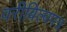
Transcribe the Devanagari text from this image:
वरीबिल्वपत्र